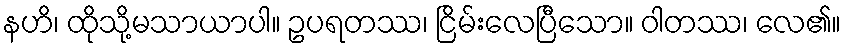
နဟိ၊ ထိုသို့မသာယာပါ။ ဥပရတဿ၊ ငြိမ်းလေပြီသော။ ဝါတဿ၊ လေ၏။